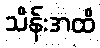
သိန်းအထိ